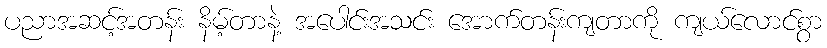
ပညာအဆင့်အတန်း နိမ့်တာနဲ့ အပေါင်းအသင်း အောက်တန်းကျတာကို ကျယ်လောင်စွာ